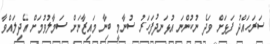
ސަރަހައްދު ފަޅަށް ވަދެ ނުކުންނަ އުޅަނދުފަހަރު ސުނާމީ ބިނާ މައިޒާނަށް ސަމާލުވުމަށް އެދިލައްވާ